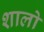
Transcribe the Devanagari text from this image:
शालो